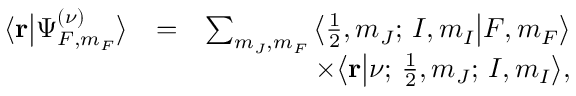
\begin{array} { r l r } { \langle { \bf r } \big | \Psi _ { F , m _ { F } } ^ { ( \nu ) } \big \rangle } & { = } & { \sum _ { m _ { J } , m _ { F } } \big \langle \frac { 1 } { 2 } , m _ { J } ; \, I , m _ { I } \big | F , m _ { F } \big \rangle } \\ & { } & { \times \big \langle { \bf r } \big | \nu ; \, \frac { 1 } { 2 } , m _ { J } ; \, I , m _ { I } \big \rangle , } \end{array}